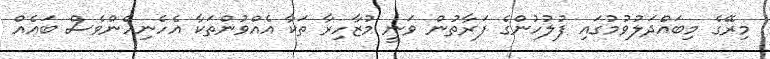
މިރޭގެ މިބައްދަލުވުމުގައި ފުލުހުންގެ ފަރާތުން ވަނީ މުޒާހިރާ ތަކާ އެއްވުންތަކާ އެހެނިހެންވެސް ބައެއް